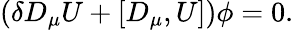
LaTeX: (\delta D_{\mu}U+[D_{\mu},U])\phi=0.